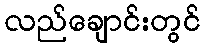
လည်ချောင်းတွင်